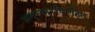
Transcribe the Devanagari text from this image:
अनुस्वारविरहित